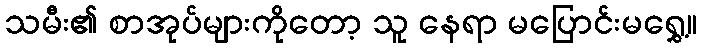
သမီး၏ စာအုပ်များကိုတော့ သူ နေရာ မပြောင်းမရွှေ့။